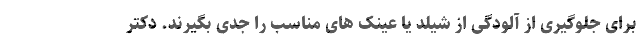
برای جلوگیری از آلودگی از شیلد یا عینک های مناسب را جدی بگیرند. دکتر